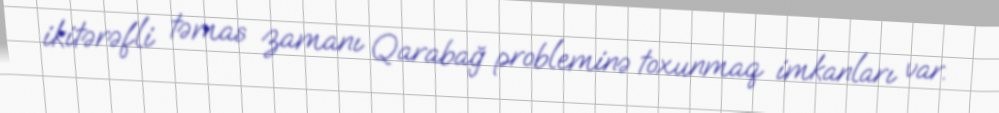
ikitərəfli təmas zamanı Qarabağ probleminə toxunmaq imkanları var.